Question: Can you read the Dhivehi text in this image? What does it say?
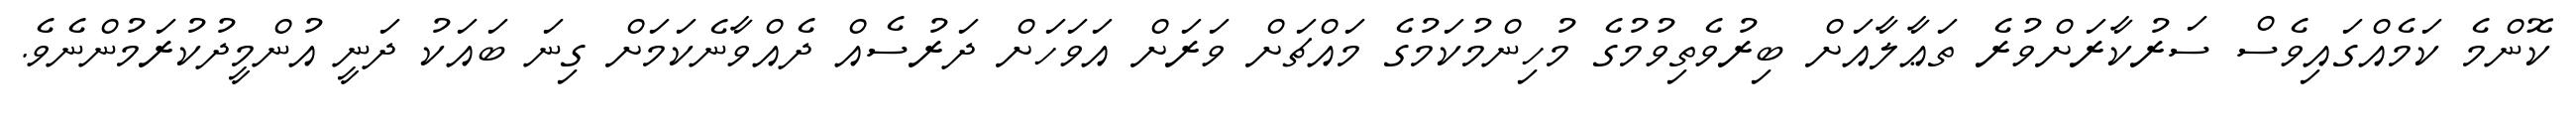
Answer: ކޮންމެ ކަމެއްގައިވެސް ސަރުކާރަށްވުރެ ތަޢާލާއަށް ބިރުވެތިވުމުގެ މުހިންމުކަމުގެ މައްޗަށް ވަރަށް އަވަހަށް ދަރުސެއް ދެއްވާނެކަމަށް ގިނަ ބައަކު ދަނީ އުންމީދުކުރަމުންނެވެ.